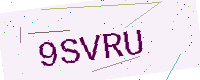
Text: 9SVRU